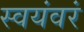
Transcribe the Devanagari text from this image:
स्वयंवरं